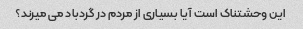
این وحشتناک است آیا بسیاری از مردم در گردباد می میرند؟